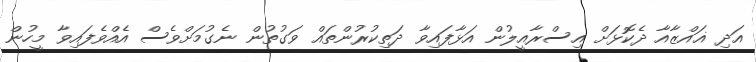
އަދި ޣައްޒާއާ ދެކޮޅަށް އިސްރާއީލުން އަޅާފައިވާ ދަތިކުރުންތައް ވަގުތުން ނެގުމަށްވެސް އެއްވެފައިވާ މީހުން